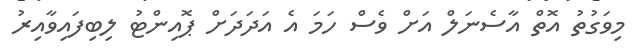
މިވަގުތު އޮތް އާސެނަލް އަށް ވެސް ހަމަ އެ އަދަދަށް ޕޮއިންޓު ލިބިފައިވާއިރު